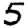
Digit: 5